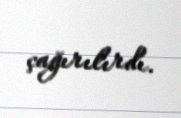
çağırılırdı.